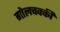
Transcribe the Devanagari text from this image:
गोलचक्की